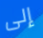
إلى